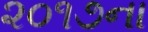
૨૦૧૭ના